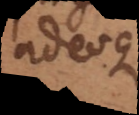
adeoque